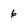
Character: 6